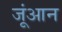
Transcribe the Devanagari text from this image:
जूंआन